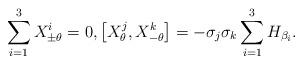
LaTeX: \begin{align*} \sum_{i=1}^3 X_{\pm \theta}^i = 0, \big[ X_\theta^j, X_{-\theta}^k \big] = - \sigma_j \sigma_k \sum_{i=1}^3 H_{\beta_i}.\end{align*}